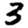
Digit: 3